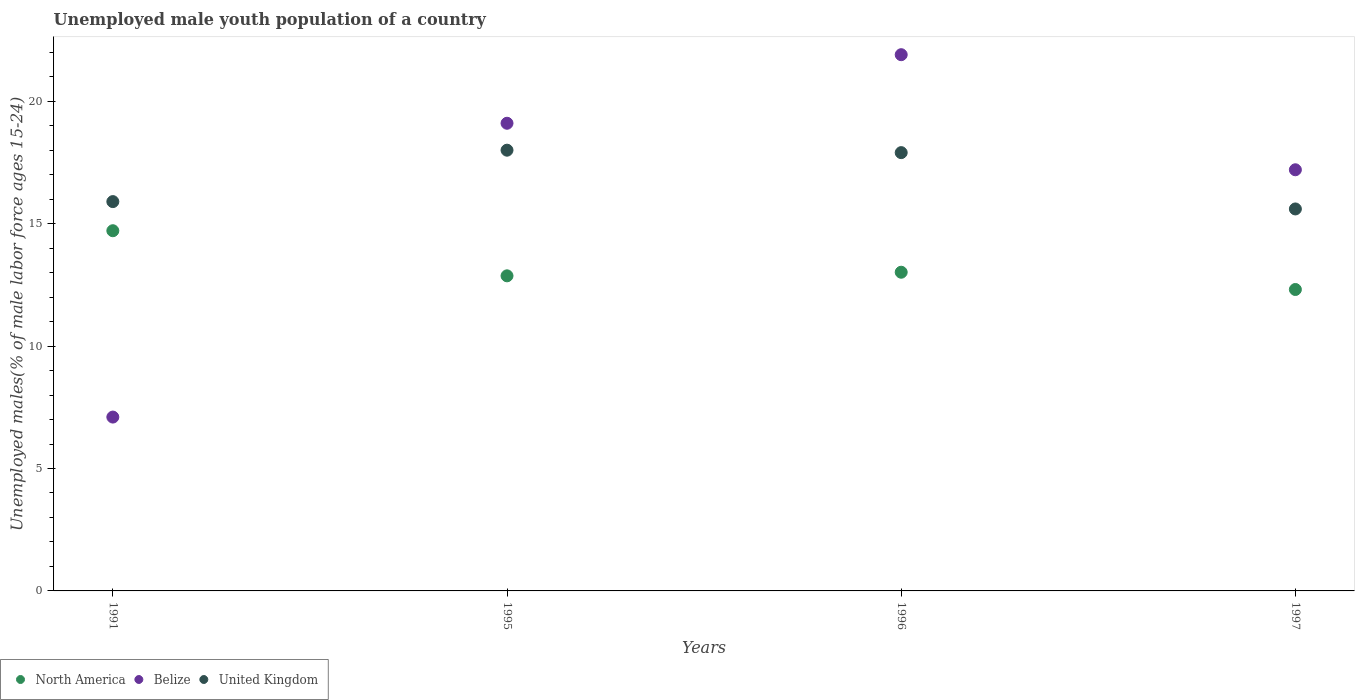
| Years | North America | Belize | United Kingdom |
 | --- | --- | --- | --- |
 | 1991 | 14.7 | 7.1 | 15.9 |
 | 1995 | 12.9 | 19.1 | 18 |
 | 1996 | 13 | 21.9 | 17.9 |
 | 1997 | 12.3 | 17.2 | 15.6 |